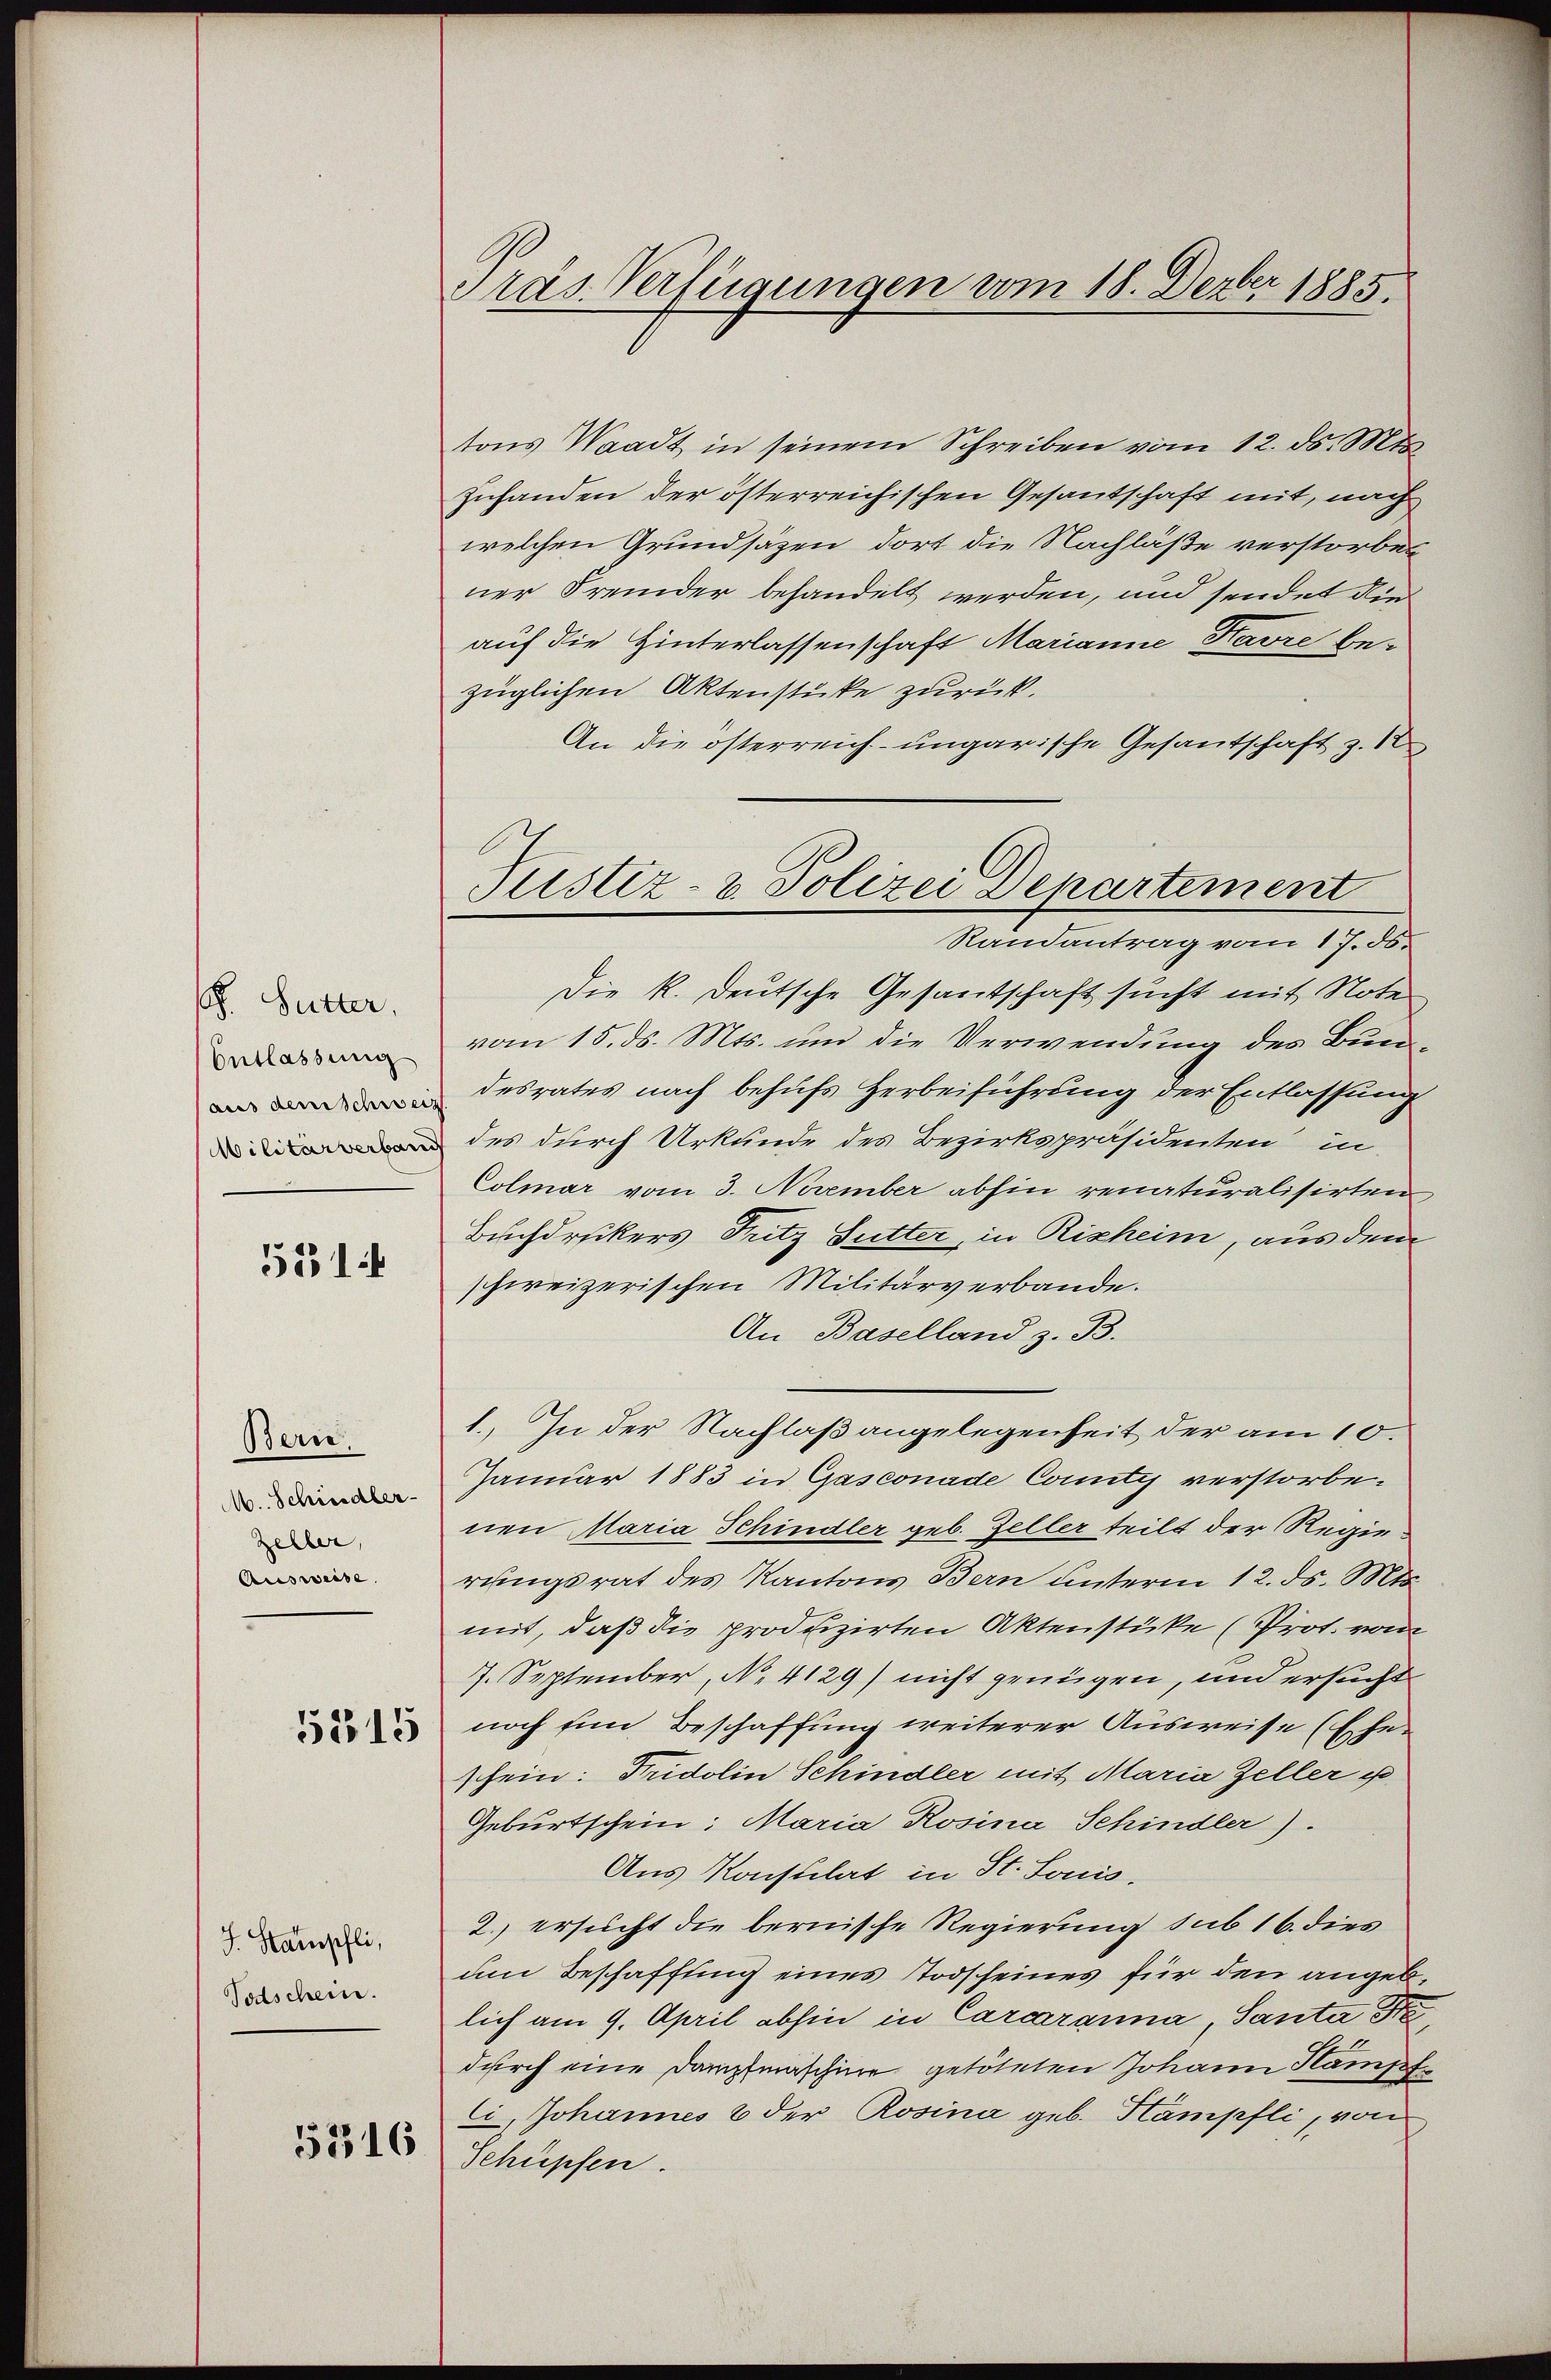
. Sutter,
Entlassung

531

Berne.
M. Schindler
Zeller,
Ausweise.

5315

J. Stampfli,
Todschein.

5316

Präs. Verfügungen vom 18. Derber 1885.

tons Waadt in seinem Schreiben vom 12. ds. Mts.
Zuhanden der österreichischen Gesantschaft mit, nach
welchen Grundsätzen, dort die Nachläße verstorbet
ner Fremder behandelt werden, und sendet die
auf die Hinterlassenschaft Marianne Havre bezüglichen Aktenstüke zurück.
An die österreich-ungarische Gesantschaft z. 1
Die k. deutsche Gesantschaft sucht mit Note
vom 15. ds. Mts. um die Verwendung des Bun
desrates nach behufs Herbeiführung der Entlassung
des durch Urkunde des Bezirkspräsidenten in
Colmar vom 3. November abhin renaturalisirten,
Buchdruckers Tritz Sutter, in Risheim, aus dem
schweizerischen Militärverbande.
An Baselland z. B.
1. In der Nachlaß angelegenheit der am 10.
Januar 1883 in Gasconade County verstorbenen Maria Schindler geb. Zeller teilt der Regierungsrat des Kantons Bern unterm 12. ds. Mts.
mit, daß die produzirten Aktenstüke (Prot. vom
7. September, N. 4129) nicht genügen, und ersucht
noch ein Beschaffung weiterer Ausweise (Eher
schein: Fridolin Schindler mit Maria Zeller es
Geburtschein: Maria Rosina Schindler).
Aus Konsulat in St. Louis.
2.) ersucht die bernische Regierung sub 16. dies
um Beschafftung eines Todscheines für den angeb.
lich am 9. April abhin in Carcaranna, Santa Fedurch eine Dampfmaschine getöteten Johann Kampf
li, Johannes & der Rosina geb. Kampfli, von
Schüpfen.

Justiz- & Polizei Departement
Randantrag vom 17. ds.